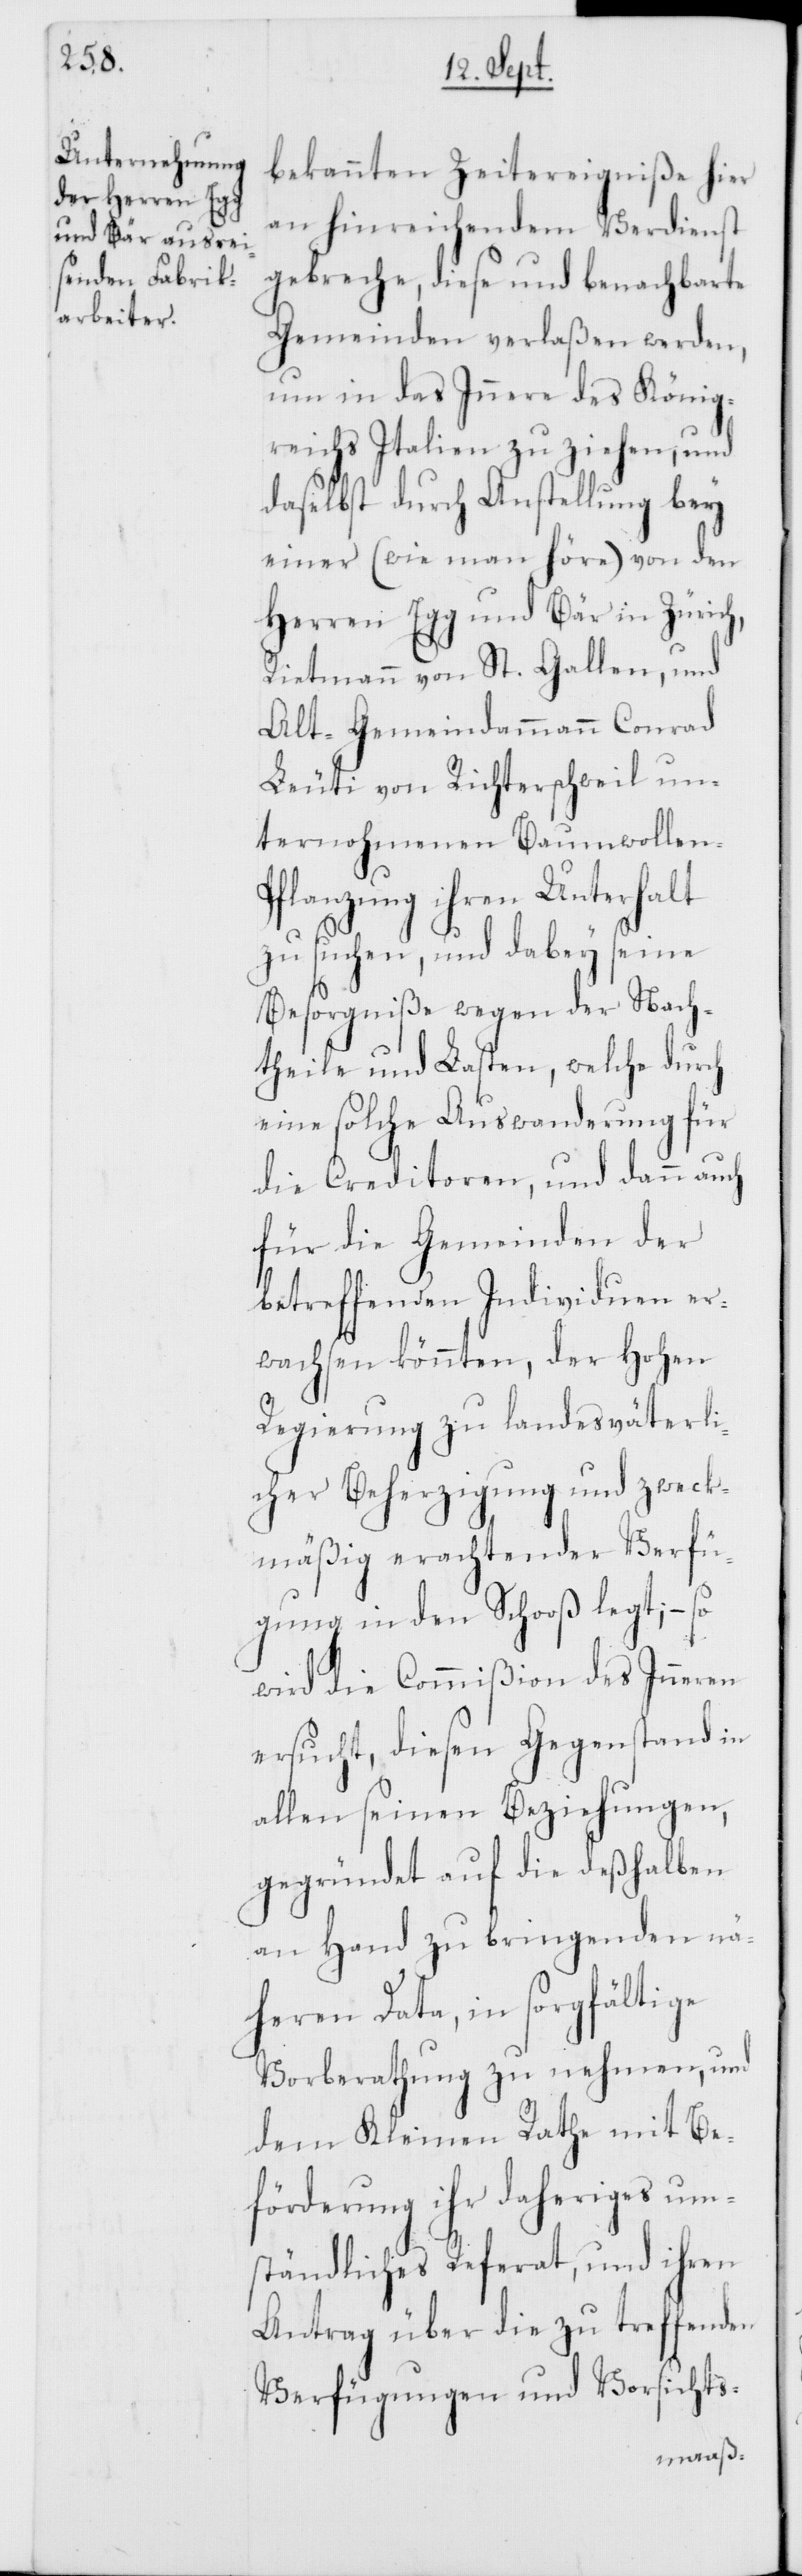
bekannten Zeitereigniße hier
an hinreichendem Verdienst
gebreche, diese und benachbarte
Gemeinden verlaßen werden,
um in das Innere des König¬
reichs Italien zu ziehen, und
daselbst durch Anstellung bey
einer (wie man höre) von den
Herren Egg und Bär in Zürich,
Rietmann von St. Gallen, und
Alt Gemeindammann Conrad
Leuti von Richterschweil un¬
ternohmenen Baumwollen-P¬
flanzung ihren Unterhalt
zu suchen, und dabey seine
Besorgniße wegen der Nach¬
theile und Lasten, welche durch
eine solche Auswanderung für
die Creditoren, und dann auch
für die Gemeinden der
betreffenden Individuen er¬
wachsen könnten, der Hohen
Regierung zu landesväterli¬
cher Beherzigung und zweck¬
mäßig erachtender Verfü¬
gung in den Schoß legt; – so
wird die Commißion des Inneren
ersucht, diesen Gegenstand in
allen seinen Beziehungen,
gegründet auf die deßhalben
an Hand zu bringenden nä¬
heren Data, in sorgfältige
Vorberathung zu nehmen, und
dem Kleinen Rathe mit Be¬
förderung ihr daheriges um¬
ständliches Referat, und ihren
Antrag über die zu treffenden
Verfügungen und Vorsichts-